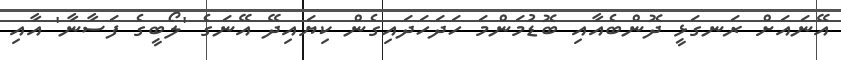
އޭނައަށް ރަނގަޅީ ދޮންބެއާއި ބޮޑުމަންމަ ހަދަހަދައިގެން ކިޔައިދޭ އޭނަގެ 'ލޯބީގެ ފަސާނާ' އާއި